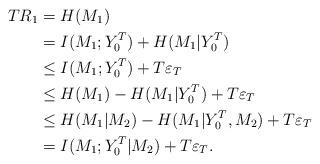
LaTeX: \begin{align*}T R_1 & = H(M_1)\\ & = I(M_1; Y_0^T)+H(M_1|Y_0^T)\\ & \leq I(M_1; Y_0^T) + T \varepsilon_T\\ & \leq H(M_1)-H(M_1|Y_0^T) + T \varepsilon_T \\ & \leq H(M_1|M_2)-H(M_1|Y_0^T, M_2)+T \varepsilon_T \\ & = I(M_1; Y_0^T|M_2) + T \varepsilon_T.\end{align*}